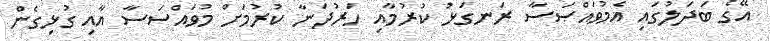
އޭގެ ބަދަލުގައި އެމުވައްޞަސާ ރަނގަޅު ކުރުމާއި ހަރުދަނާ ކުރުމަށް މުވައްސަސާ އާއި ގުޅިގެން